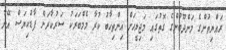
ރައްޔިތުންގެ މަންދޫބުންގެ ގޮތުގައި މަޖިލީހަށް އިންތިހާބު ކުރާ މެމްބަރަކު ސަރުކާރަށް ފާޑުކިޔަސް އޭނާ